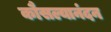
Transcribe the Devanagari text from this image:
कौसल्यानंदन